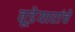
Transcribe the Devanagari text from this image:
वूडेयारांचे